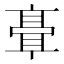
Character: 𬴘